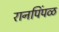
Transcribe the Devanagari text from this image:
रानपिंपळ